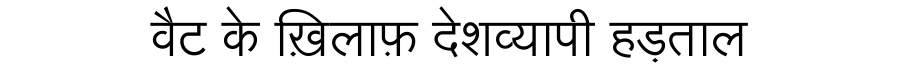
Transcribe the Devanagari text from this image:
वैट के ख़िलाफ़ देशव्यापी हड़ताल